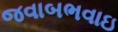
જવાબભવાઇ